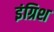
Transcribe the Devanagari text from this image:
इंग्रिश